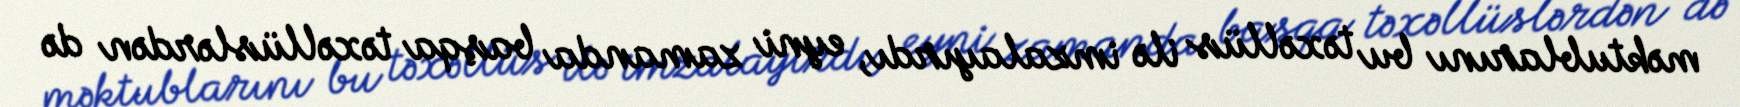
məktublarını bu təxəllüs ilə imzalayırdı, eyni zamanda başqa təxəllüslərdən də